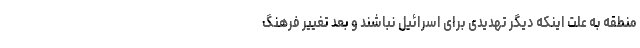
منطقه به علت اینکه دیگر تهدیدی برای اسرائیل نباشند و بعد تغییر فرهنگ